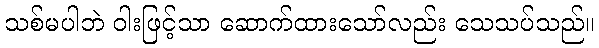
သစ်မပါဘဲ ဝါးဖြင့်သာ ဆောက်ထားသော်လည်း သေသပ်သည်။